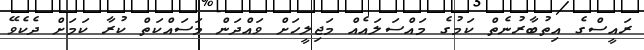
ރައީސްގެ އިތުބާރުނެތް ކަމުގެ މައްސަލައެއް މަޖިލީހަށް ވައްދަން މަސައްކަތް ކުރާ ކަމަށް ދެކެވޭ